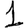
Digit: 1